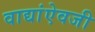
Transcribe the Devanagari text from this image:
वाद्यांऐवजी